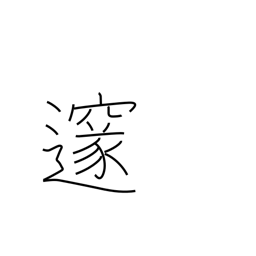
Meaning: profound